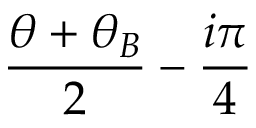
\frac { \theta + \theta _ { B } } { 2 } - \frac { i \pi } { 4 }